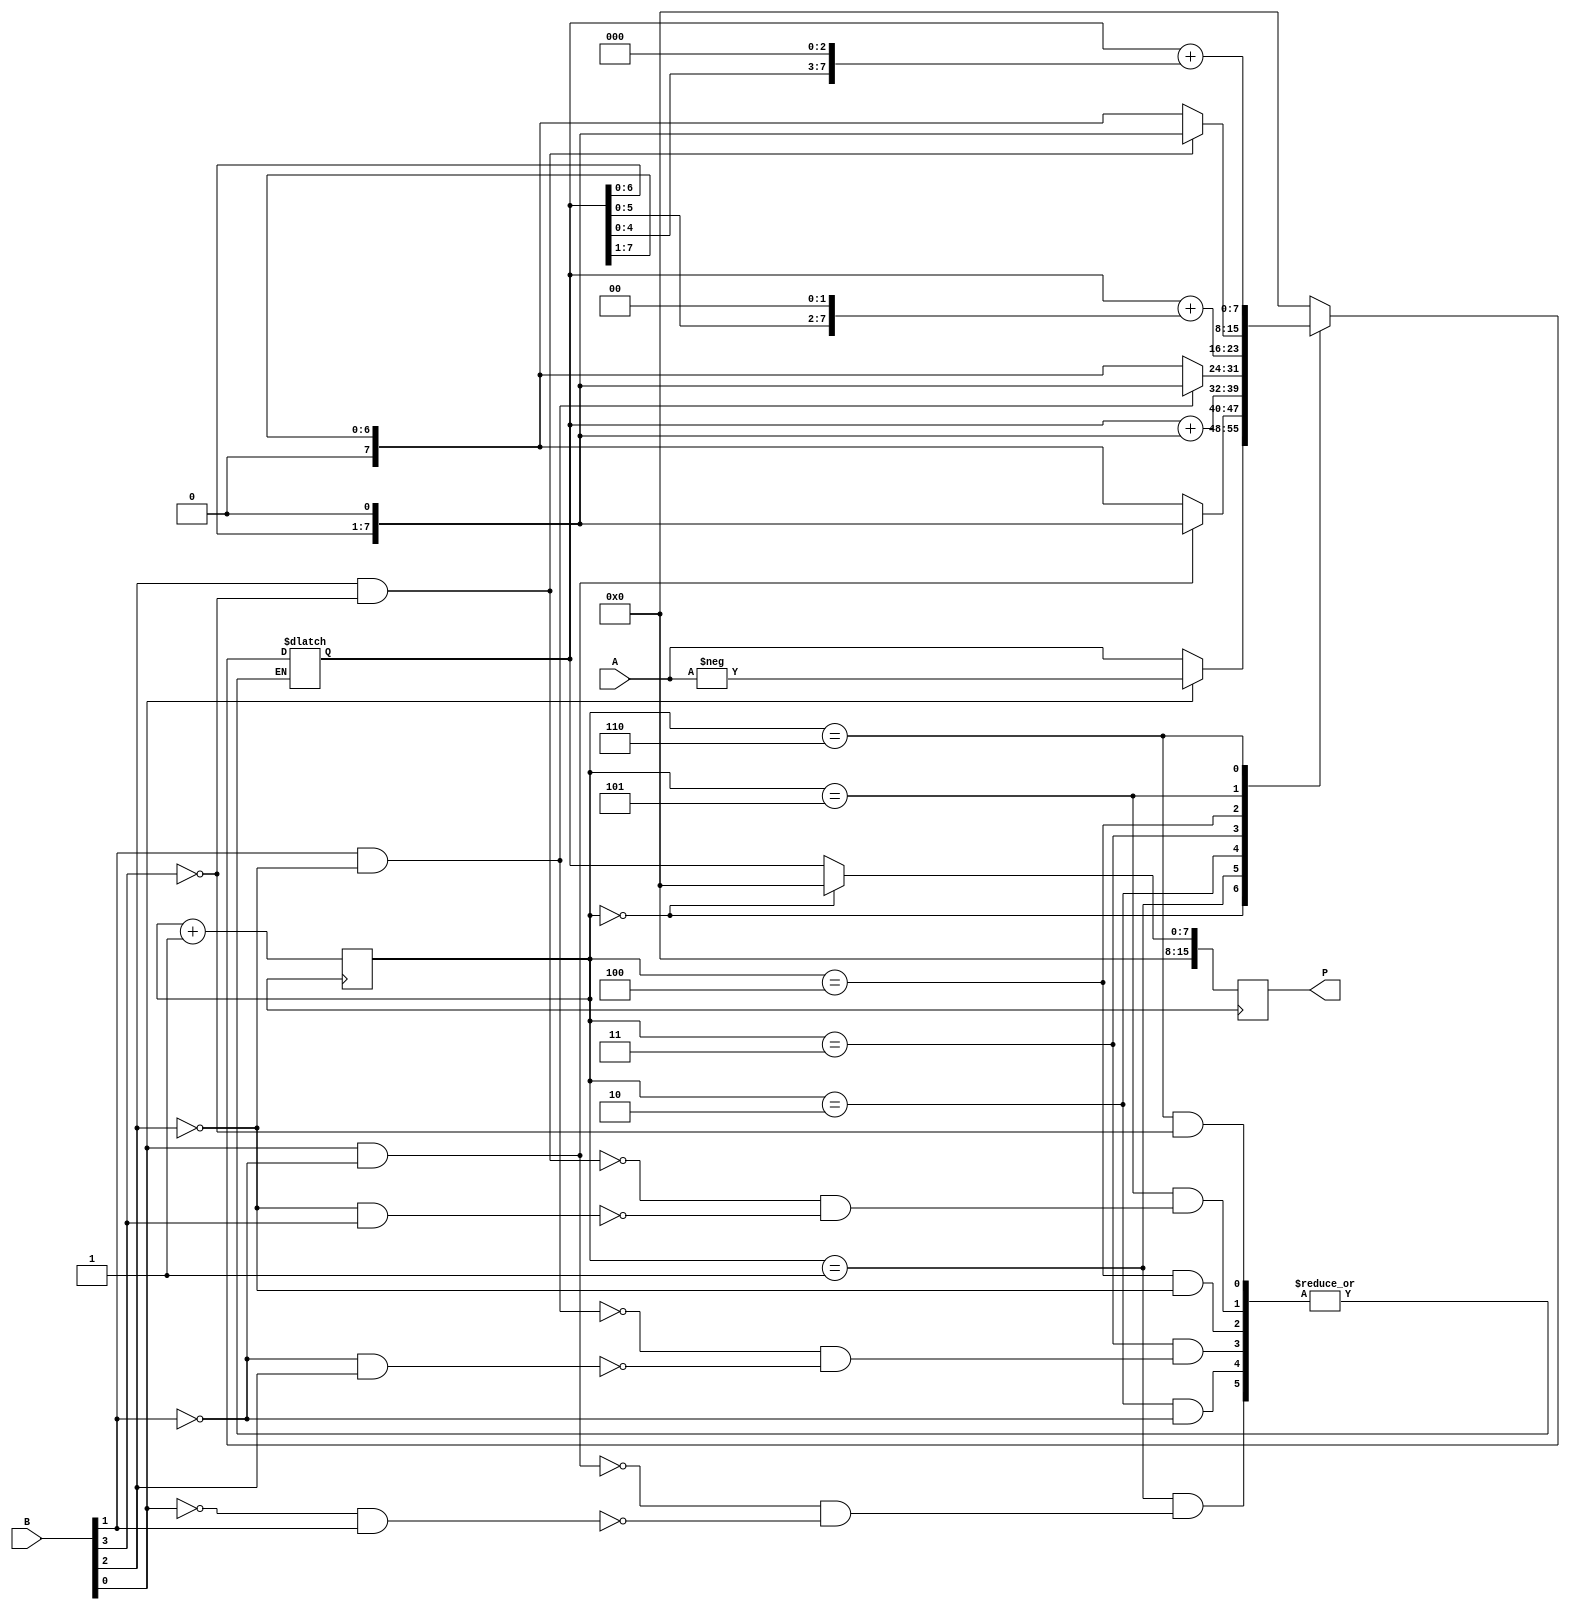
module booth_multiplier (
   input [7:0] A,
   input [7:0] B,
   output reg [15:0] P
);

reg [7:0] partial_product;
reg [3:0] counter;

always @(*) begin
   // Booth's algorithm for multiplication
   case(counter)
      0: partial_product = (B[0] == 1) ? -A : A;
      1: partial_product = (B[0] == 1 && B[1] == 0) ? partial_product << 1 : (B[0] == 0 && B[1] == 1) ? partial_product >> 1 : partial_product;
      2: partial_product = (B[1] == 1) ? partial_product + (partial_product << 1) : partial_product;
      3: partial_product = (B[1] == 1 && B[2] == 0) ? partial_product << 1 : (B[1] == 0 && B[2] == 1) ? partial_product >> 1 : partial_product;
      4: partial_product = (B[2] == 1) ? partial_product + (partial_product << 2) : partial_product;
      5: partial_product = (B[2] == 1 && B[3] == 0) ? partial_product << 1 : (B[2] == 0 && B[3] == 1) ? partial_product >> 1 : partial_product;
      6: partial_product = (B[3] == 1) ? partial_product + (partial_product << 3) : partial_product;
      default: partial_product = 0;
   endcase
end

always @(posedge clk) begin
   // Shift the partial product to the left
   P <= (counter == 0) ? 0 : partial_product;
   counter <= counter + 1;
end

endmodule